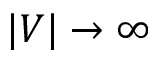
| V | \to \infty